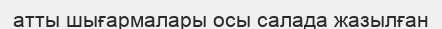
атты шығармалары осы салада жазылған